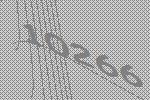
10266